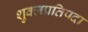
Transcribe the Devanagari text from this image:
शुक्लप्रतिपदा